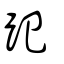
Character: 𧿆